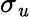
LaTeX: \sigma_{\mathit{u}}